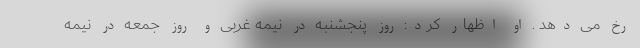
رخ می دهد . او اظهار کرد: روز پنجشنبه در نیمه غربی و روز جمعه در نیمه